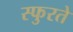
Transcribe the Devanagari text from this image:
स्फुरते